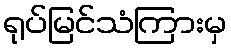
ရုပ်မြင်သံကြားမှ